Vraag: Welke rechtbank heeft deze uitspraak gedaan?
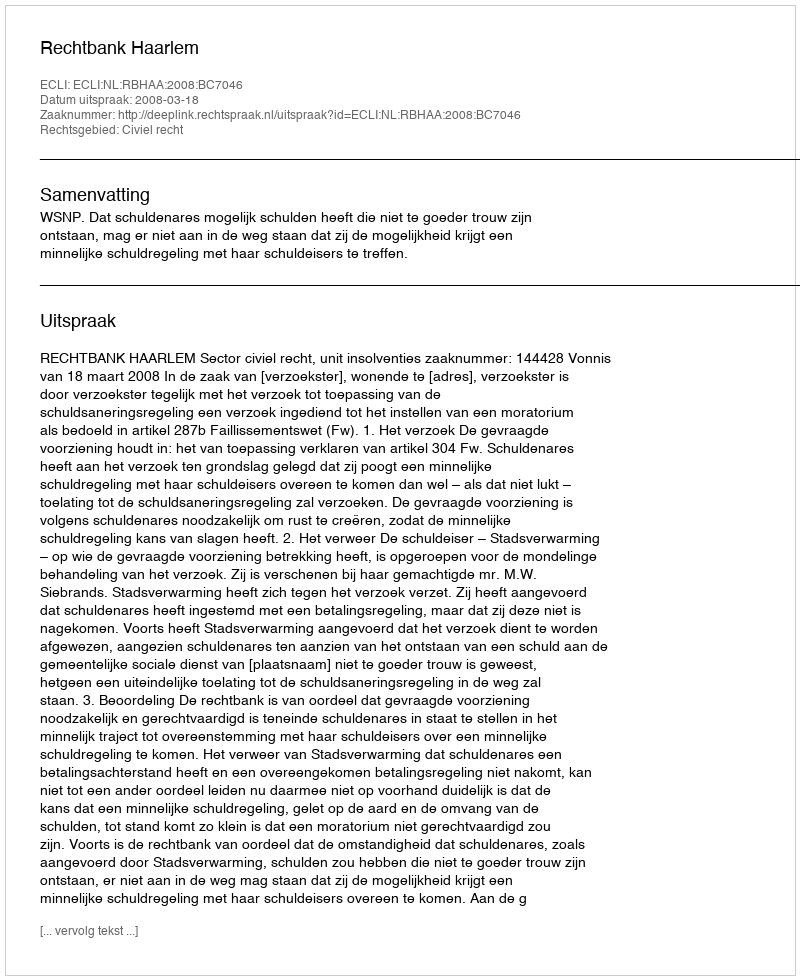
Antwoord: Rechtbank Haarlem